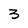
Character: 3